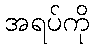
အရပ်ကို